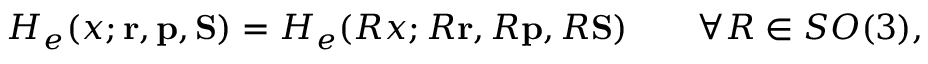
H _ { e } ( x ; { \mathbf { r } } , { \mathbf { p } } , { \mathbf { S } } ) = H _ { e } ( R x ; R { \mathbf { r } } , R { \mathbf { p } } , R { \mathbf { S } } ) \qquad \forall R \in S O ( 3 ) ,